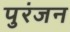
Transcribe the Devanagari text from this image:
पुरंजन